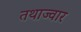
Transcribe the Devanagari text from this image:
तथाज्वार